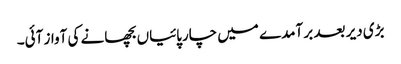
بڑی دیر بعد بر آمدے میں چارپائیاں بچھانے کی آواز آئی۔